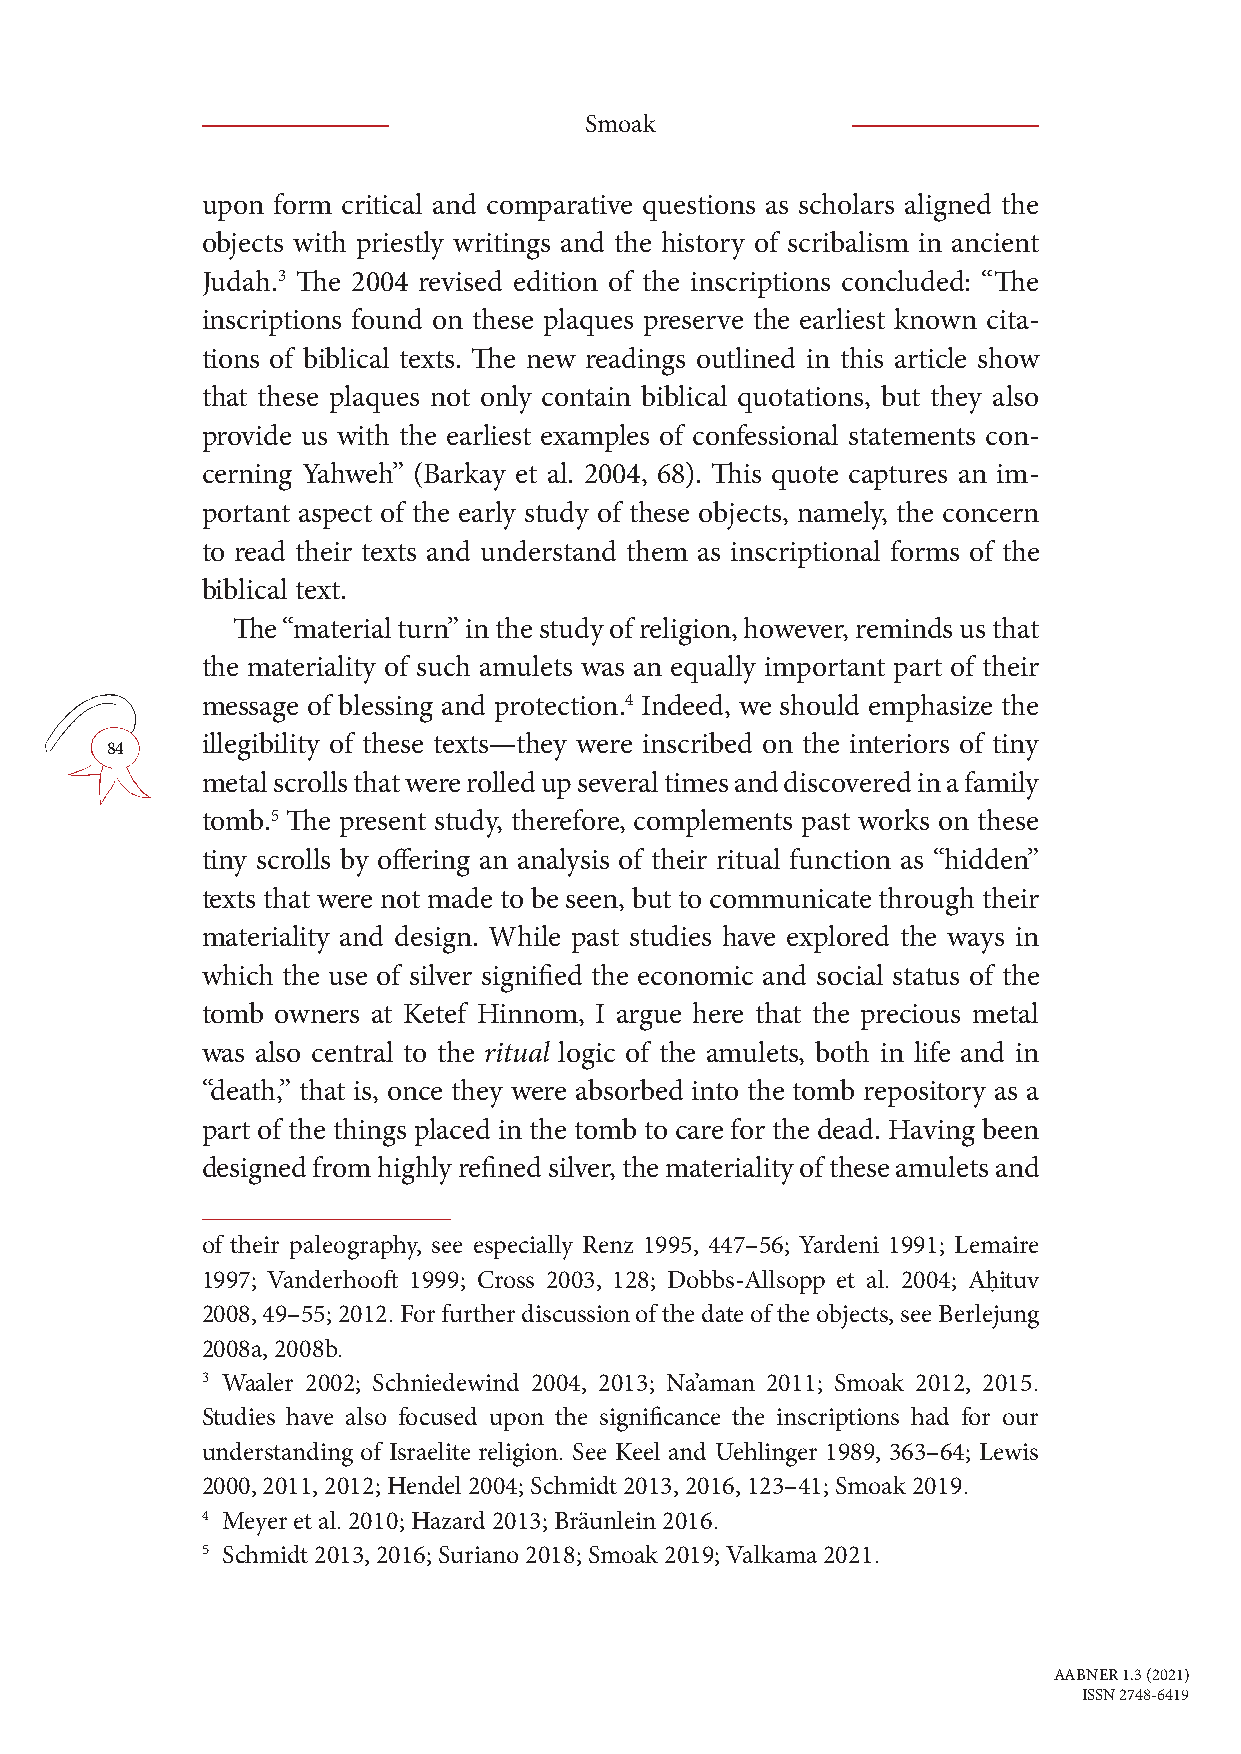
Smoak
 upon form critical and comparative questions as scholars aligned the
 objects with priestly writings and the history of scribalism in ancient
 Judah.3 The 2004 revised edition of the inscriptions concluded: “The
 inscriptions found on these plaques preserve the earliest known cita-
 tions of biblical texts. The new readings outlined in this article show
 that these plaques not only contain biblical quotations, but they also
 provide us with the earliest examples of confessional statements con-
 cerning Yahweh” (Barkay et al. 2004, 68). This quote captures an im-
 portant aspect of the early study of these objects, namely, the concern
 to read their texts and understand them as inscriptional forms of the
 biblical text.
 The “material turn” in the study of religion, however, reminds us that
 the materiality of such amulets was an equally important part of their
 message of blessing and protection.4 Indeed, we should emphasize the
 illegibility of these texts—they were inscribed on the interiors of tiny
 84
 metal scrolls that were rolled up several times and discovered in a family
 tomb.5 The present study, therefore, complements past works on these
 tiny scrolls by offering an analysis of their ritual function as “hidden”
 texts that were not made to be seen, but to communicate through their
 materiality and design. While past studies have explored the ways in
 which the use of silver signified the economic and social status of the
 tomb owners at Ketef Hinnom, I argue here that the precious metal
 was also central to the ritual logic of the amulets, both in life and in
 “death,” that is, once they were absorbed into the tomb repository as a
 part of the things placed in the tomb to care for the dead. Having been
 designed from highly refined silver, the materiality of these amulets and
 of their paleography, see especially Renz 1995, 447–56; Yardeni 1991; Lemaire
 1997; Vanderhooft 1999; Cross 2003, 128; Dobbs-Allsopp et al. 2004; Aḥituv
 2008, 49–55; 2012. For further discussion of the date of the objects, see Berlejung
 2008a, 2008b.
 3 Waaler 2002; Schniedewind 2004, 2013; Na’aman 2011; Smoak 2012, 2015.
 Studies have also focused upon the significance the inscriptions had for our
 understanding of Israelite religion. See Keel and Uehlinger 1989, 363–64; Lewis
 2000, 2011, 2012; Hendel 2004; Schmidt 2013, 2016, 123–41; Smoak 2019.
 4 Meyer et al. 2010; Hazard 2013; Bräunlein 2016.
 5 Schmidt 2013, 2016; Suriano 2018; Smoak 2019; Valkama 2021.
 AABNER 1.3 (2021)
 ISSN 2748-6419